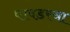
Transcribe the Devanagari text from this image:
पावडरचा